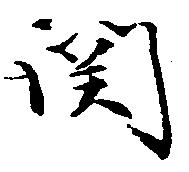
関